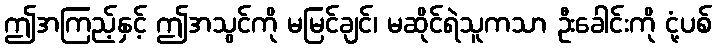
ဤအကြည့်နှင့် ဤအသွင်ကို မမြင်ချင်၊ မဆိုင်ရဲသူကသာ ဦးခေါင်းကို ငုံ့ပစ်